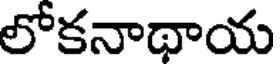
లోకనాథాయ